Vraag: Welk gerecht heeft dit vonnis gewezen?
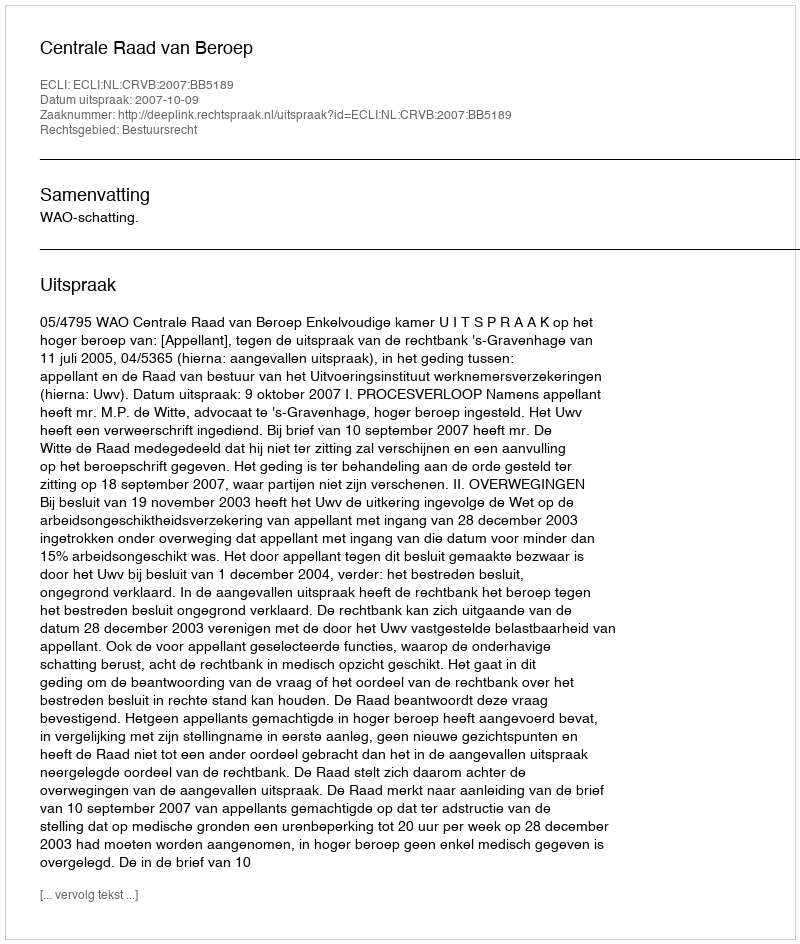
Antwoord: Centrale Raad van Beroep